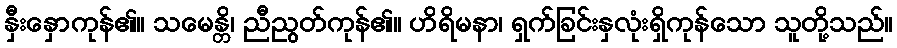
နှီးနှောကုန်၏။ သမေန္တိ၊ ညီညွတ်ကုန်၏။ ဟိရိမနာ၊ ရှက်ခြင်းနှလုံးရှိကုန်သော သူတို့သည်။